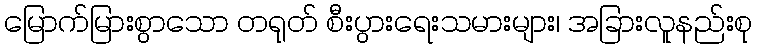
မြောက်မြားစွာသော တရုတ် စီးပွားရေးသမားများ၊ အခြားလူနည်းစု